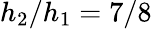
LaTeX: h_{2}/h_{1}=7/8